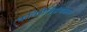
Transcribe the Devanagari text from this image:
कविरीतिग्रंथकार